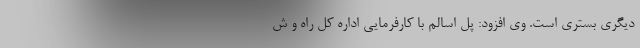
دیگری بستری است. وی افزود: پل اسالم با کارفرمایی اداره کل راه و ش